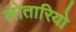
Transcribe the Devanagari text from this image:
लोतारियो